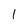
Character: 1